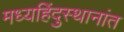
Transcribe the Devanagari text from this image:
मध्यहिंदुस्थानांत